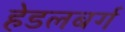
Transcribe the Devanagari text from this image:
हेडलबर्ग